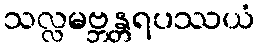
သလ္လမဗ္ဘန္တရပဿယံ